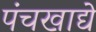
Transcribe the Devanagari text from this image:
पंचखाद्ये